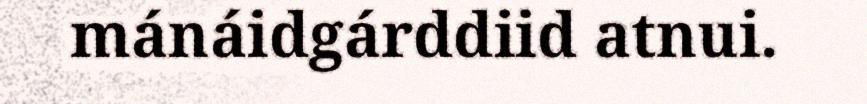
mánáidgárddiid atnui.